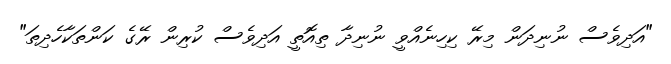
"އަދިވެސް ނުނިދަން މިރޭ ކިހިނެއްވީ ނުނިދާ ތިއޮތީ އަދިވެސް ކުރިން ރޭގެ ކަންތަކާހެދިތަ"